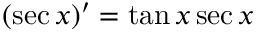
( \sec x ) ^ { \prime } = \tan x \sec x